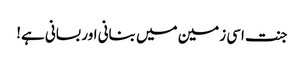
جنت اسی زمین میں بنانی اور بسانی ہے!